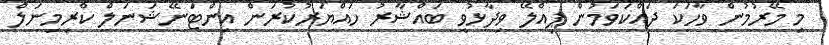
މި މޭރުމުން ވާހަކަ ދައްކަވަމުން ޕިއްލޭ ވިދާޅުވީ ބައްޝާރު ހައްޔަރުކުރަން އިންޓަނޭޝަނަލް ކްރިމިނަލް